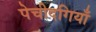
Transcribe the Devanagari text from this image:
पेचीदगियाँ